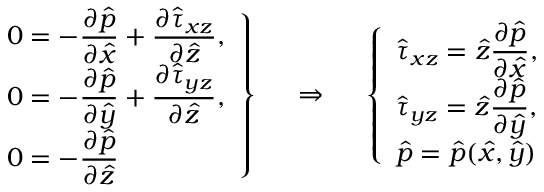
\left. \begin{array} { l } { 0 = - \displaystyle \frac { \partial \hat { p } } { \partial \hat { x } } + \frac { \partial \hat { \tau } _ { x z } } { \partial \hat { z } } , } \\ { 0 = - \displaystyle \frac { \partial \hat { p } } { \partial \hat { y } } + \frac { \partial \hat { \tau } _ { y z } } { \partial \hat { z } } , } \\ { 0 = - \displaystyle \frac { \partial \hat { p } } { \partial \hat { z } } } \end{array} \right\} ~ ~ ~ ~ \Rightarrow ~ ~ ~ ~ \left\{ \begin{array} { l } { \hat { \tau } _ { x z } = \hat { z } \displaystyle \frac { \partial \hat { p } } { \partial \hat { x } } , } \\ { \hat { \tau } _ { y z } = \hat { z } \displaystyle \frac { \partial \hat { p } } { \partial \hat { y } } , } \\ { \hat { p } = \hat { p } ( \hat { x } , \hat { y } ) } \end{array} \right.